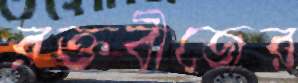
রক্তবীজের